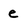
Character: e